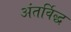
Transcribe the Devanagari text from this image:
अंतर्विद्ध